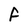
Character: F